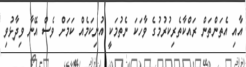
އާއި އެތަންތަން ރައްކާތެރިކުރުމުގެ ވާހަކަ ނެތުމަކީ އުނިކަމެއް ކަމަށް ވެސް އޭނާ ވިދާޅުވި